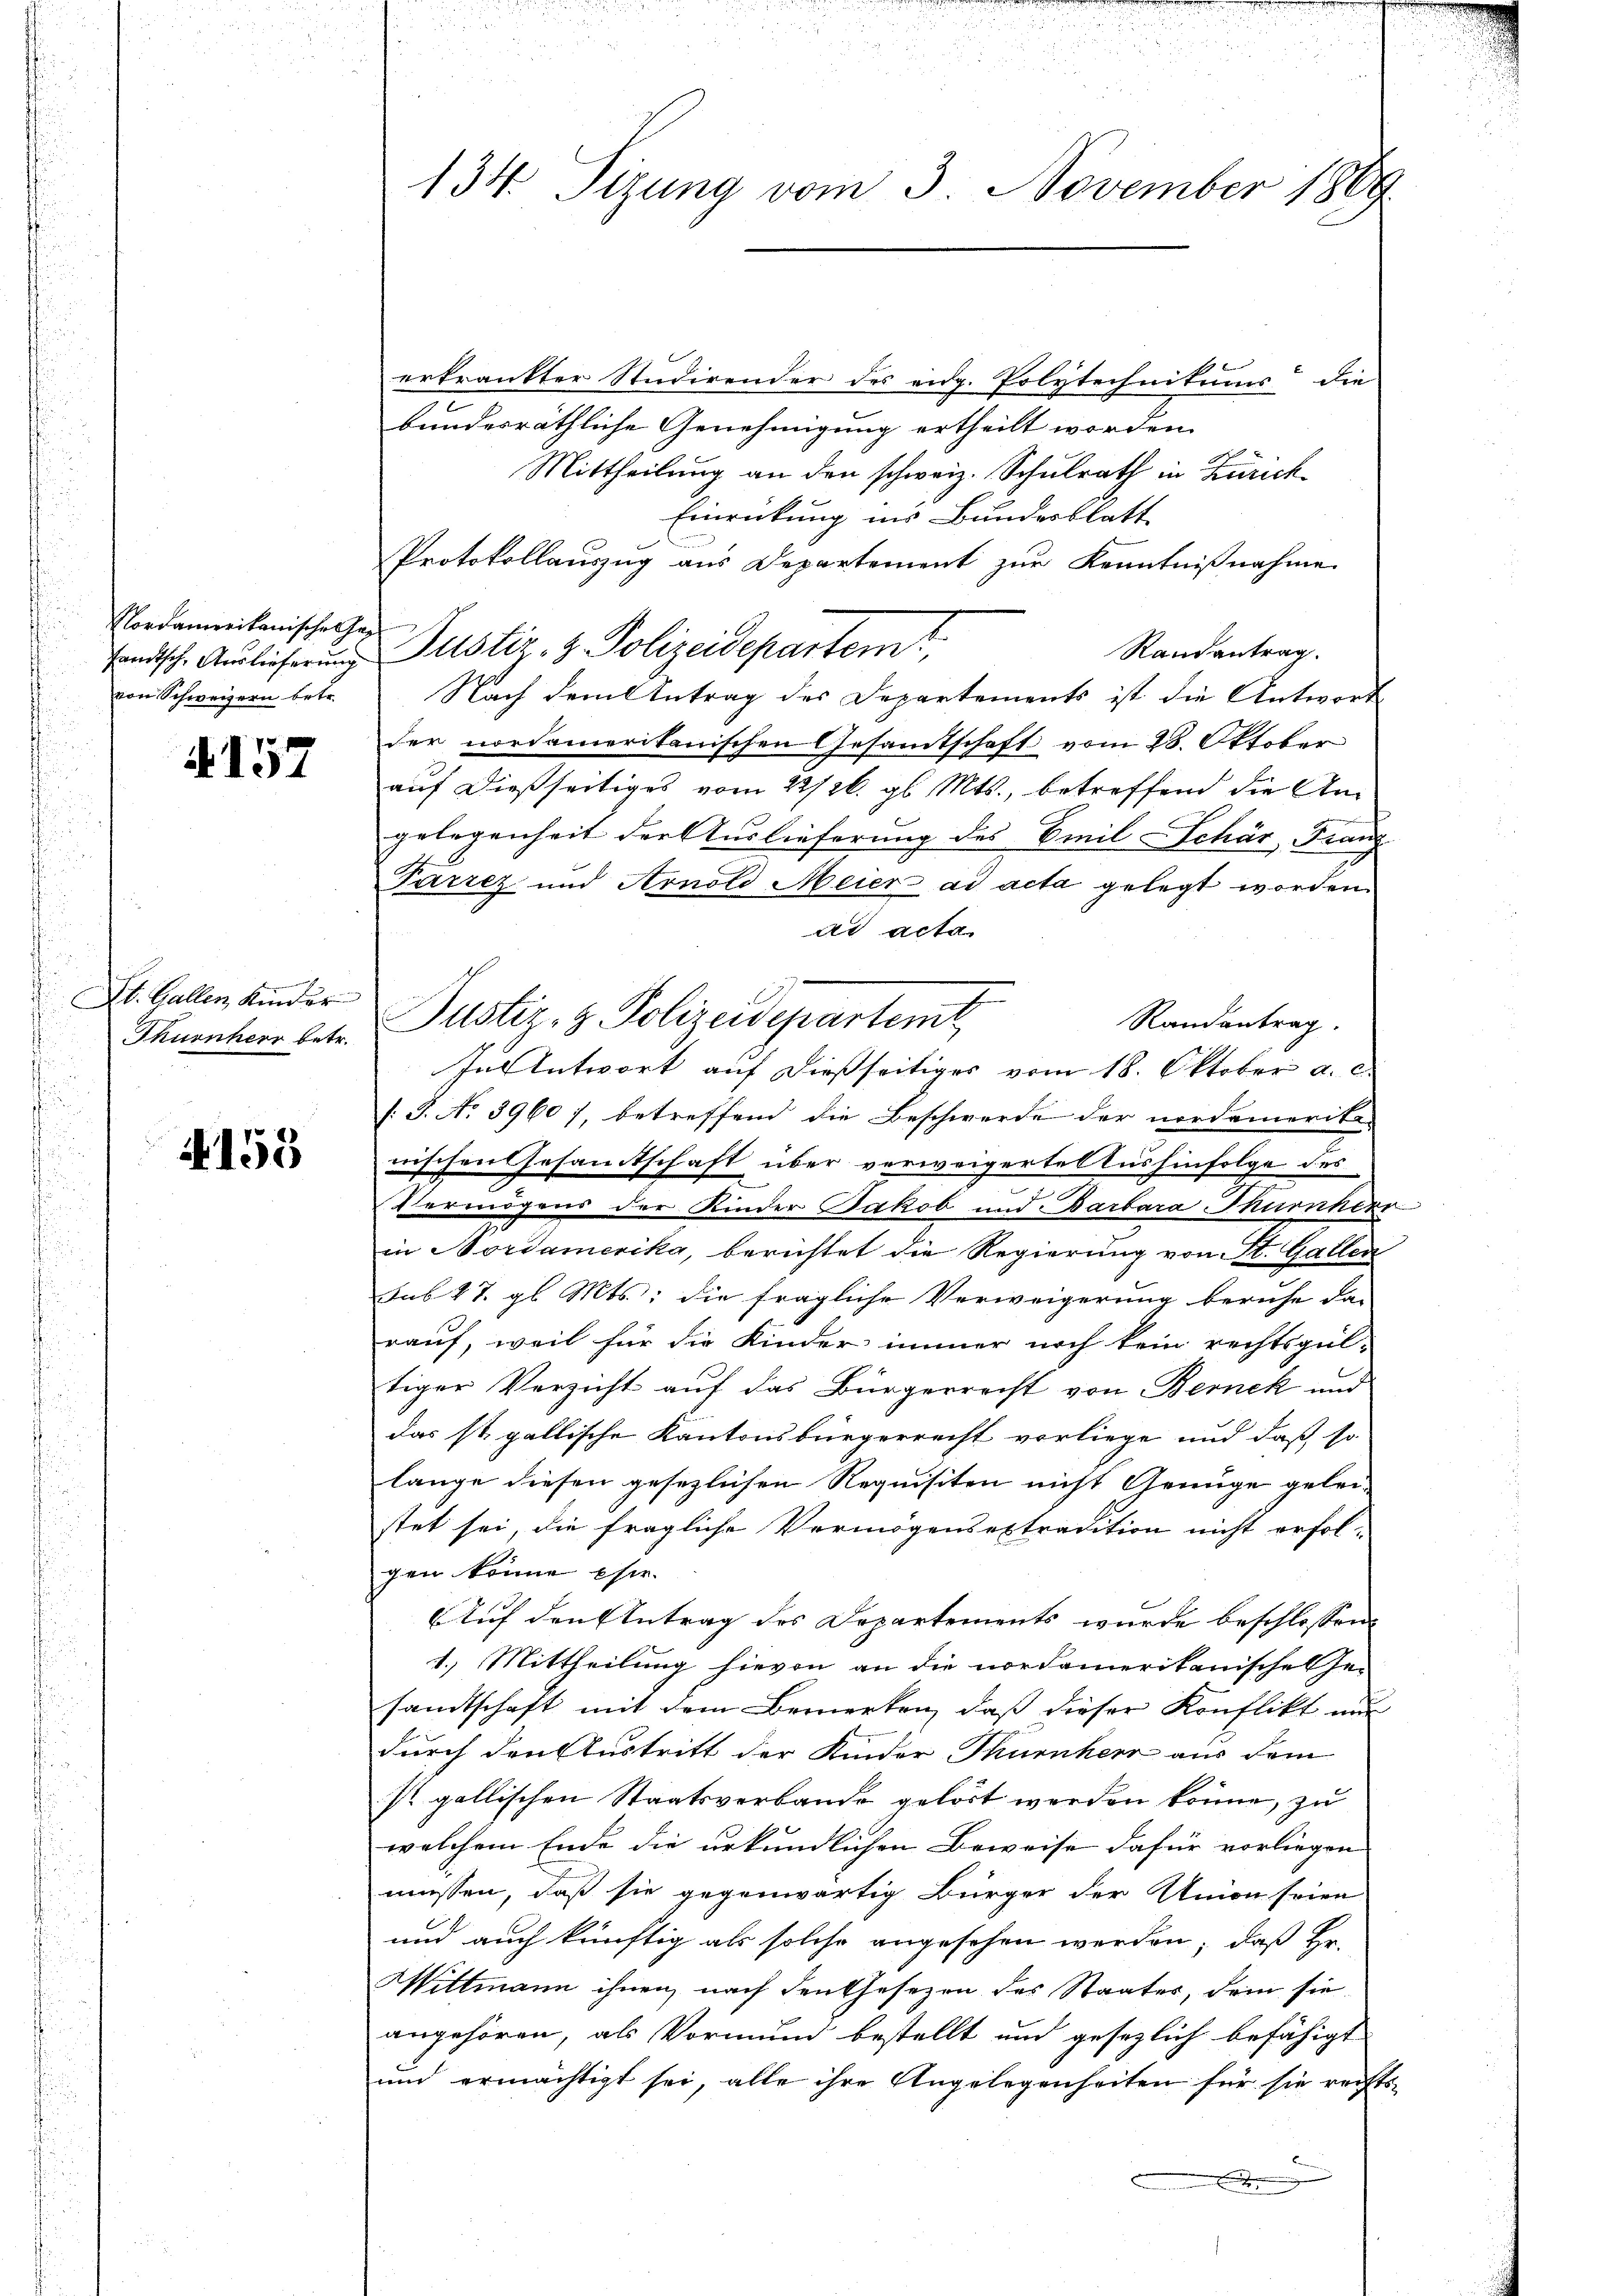
Nordamerikanische Gesandtsche Auslieferung
von Schweizern betr.

A 157

St. Gallen Kinder
Tkurnherr betr.

4153

u
134. Sizung vom 3. November 1889

2
erkrankter Studirender des eidg. Polytechnikums die
bundesräthliche Genehmigung ertheilt worden.
Mittheilung an den schweiz. Schulrath in Zürich¬
Einrückung ins Bundesblatt
u
Protokollauszug aus Departement zur Kenntnißnahme
Justiz- & Polizeidepartem
Randantrag.
Nach dem Antrag des Departements ist die Antwort
der nordamerikanischen Gesamtschaft vom 28. Oktober
auf dießseitiges vom 22/26. gl. Mts., betreffend die Angelegenheit der Auslieferung des Emil Schär, Franz
Parrez und Arnold Meier ad acta gelegt worden.
ad acta
Justiz- & Polizeidepartemt
Randantrag.
In Antwort auf dießseitiges vom 18. Oktober a. c.
/. P. No 3960), betreffend die Beschwerde der nordameriti-
nischen Gesammtschaft über verweigertes Aushinfolge des
Vermögens der Kinder Jakob und Barbara Thurnherr
in Nordamerika, berichtet die Regierung von St. Gallen
sub 27. gl. Mts., die fragliche Verweigerung beruhe da-
rauf, weil für die Kinder immer noch kein rechtsgül-
tiger Verzicht auf das Bürgerrecht von Bernek und
das st. gallische Kantonsbürgerrecht vorliege und daß so
lange diesen gesezlichen Requisiten nicht Genüge gelei-
stet sei, die fragliche Vermögensextradition nicht erfolgen könne hie
Auf den Antrag des Departements wurde beschlossen:
1.) Mittheilung hievon an die nordamerikanische Ge-
sandtschaft mit dem Bemerken, daß dieser Konflikt und
durch den Austritt der Kinder Thurnherr aus dem
st gallischen Staatsverbande gelöst werden könne, zu
welchem Ende die urkundlichen Beweise dafür vorliegen |
müssen, daß sie gegenwärtig Bürger der Union seien
und auch künftig als solche angesehen werden, daß Hr.
Wittmann ihnen, nach den thesezen des Staates, dem sie
angehören, als Vormund bestellt und gesezlich befähigt
und ermächtigt sei, alle ihre Angelegenheiten für sie rechts-
x